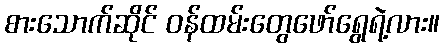
စားသောက်ဆိုင် ဝန်ထမ်းတွေဖော်ရွေရဲ့လား။